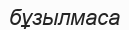
бұзылмаса